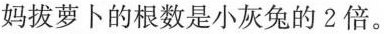
妈拔萝卜的根数是小灰兔的2倍。